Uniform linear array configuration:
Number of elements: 64
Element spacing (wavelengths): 1
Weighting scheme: binomial
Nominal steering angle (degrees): -60
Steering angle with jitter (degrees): -60.915
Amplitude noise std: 0.05
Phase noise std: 0.05

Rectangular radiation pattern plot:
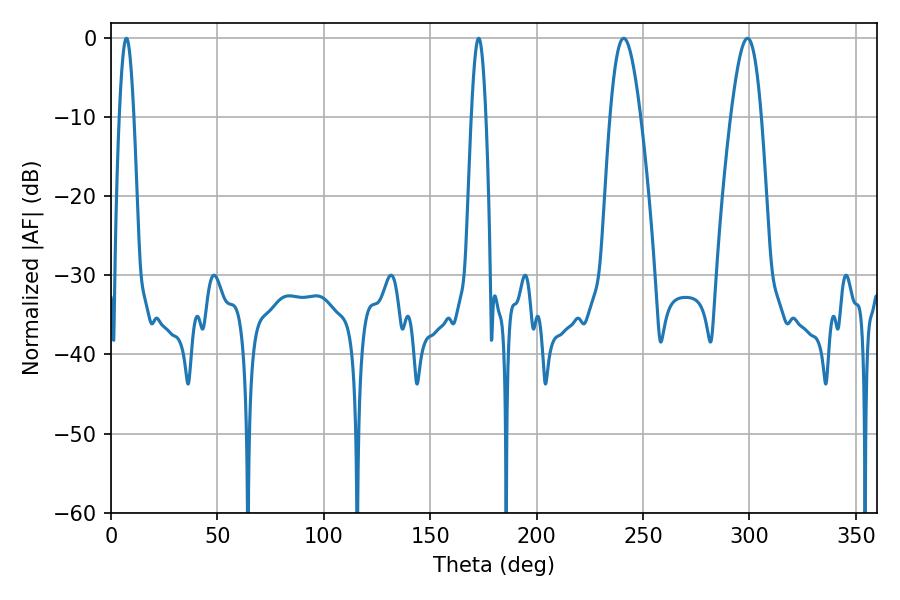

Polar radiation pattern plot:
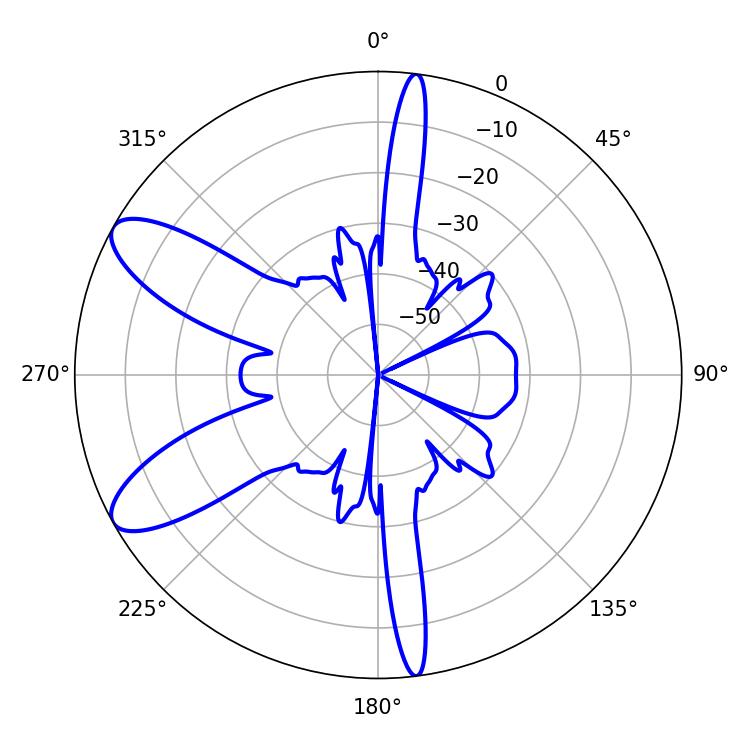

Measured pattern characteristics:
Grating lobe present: TRUE
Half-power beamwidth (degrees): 7.74
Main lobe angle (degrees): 240.84